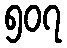
၅၀၇